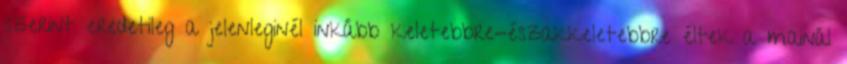
szerint eredetileg a jelenleginél inkább keletebbre-északkeletebbre éltek a mainál